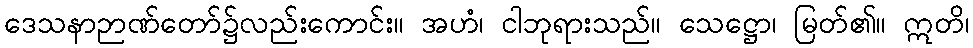
ဒေသနာဉာဏ်တော်၌လည်းကောင်း။ အဟံ၊ ငါဘုရားသည်။ သေဋ္ဌော၊ မြတ်၏။ ဣတိ၊